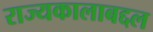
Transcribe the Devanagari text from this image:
राज्यकालाबद्दल